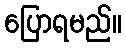
ပြောရမည်။